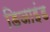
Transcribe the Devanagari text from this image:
डिजाइंड